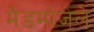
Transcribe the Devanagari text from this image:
मैडमोजेले